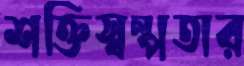
শক্তিস্বল্পতার